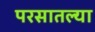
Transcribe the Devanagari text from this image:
परसातल्या